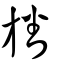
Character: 旙